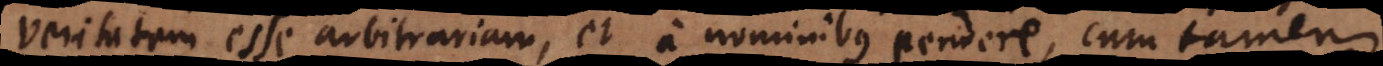
veritatem esse arbitrariam, et a nominibus pendere, cum tamen